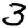
Digit: 3